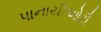
પાનાયીઓટૌ